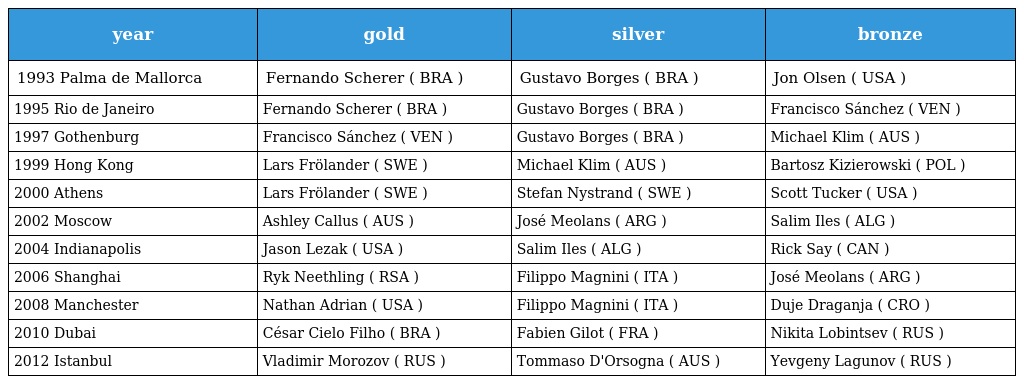
| year | gold | silver | bronze |
 | --- | --- | --- | --- |
 | 1993 Palma de Mallorca | Fernando Scherer ( BRA ) | Gustavo Borges ( BRA ) | Jon Olsen ( USA ) |
 | 1995 Rio de Janeiro | Fernando Scherer ( BRA ) | Gustavo Borges ( BRA ) | Francisco Sánchez ( VEN ) |
 | 1997 Gothenburg | Francisco Sánchez ( VEN ) | Gustavo Borges ( BRA ) | Michael Klim ( AUS ) |
 | 1999 Hong Kong | Lars Frölander ( SWE ) | Michael Klim ( AUS ) | Bartosz Kizierowski ( POL ) |
 | 2000 Athens | Lars Frölander ( SWE ) | Stefan Nystrand ( SWE ) | Scott Tucker ( USA ) |
 | 2002 Moscow | Ashley Callus ( AUS ) | José Meolans ( ARG ) | Salim Iles ( ALG ) |
 | 2004 Indianapolis | Jason Lezak ( USA ) | Salim Iles ( ALG ) | Rick Say ( CAN ) |
 | 2006 Shanghai | Ryk Neethling ( RSA ) | Filippo Magnini ( ITA ) | José Meolans ( ARG ) |
 | 2008 Manchester | Nathan Adrian ( USA ) | Filippo Magnini ( ITA ) | Duje Draganja ( CRO ) |
 | 2010 Dubai | César Cielo Filho ( BRA ) | Fabien Gilot ( FRA ) | Nikita Lobintsev ( RUS ) |
 | 2012 Istanbul | Vladimir Morozov ( RUS ) | Tommaso D'Orsogna ( AUS ) | Yevgeny Lagunov ( RUS ) |